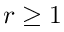
r \geq 1